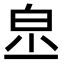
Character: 𤽔